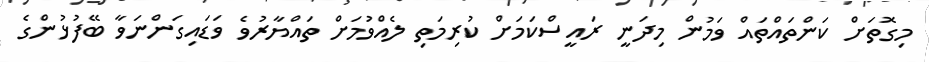
މިގޮތަށް ކަންތައްތައް ވަމުން މިދަނީ ރައީސްކަމަށް ކުރިމަތި ލެއްވުމަށް ތައްޔާރުވެ ވަޑައިގަންނަވާ ބޭފުޅުންގެ